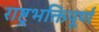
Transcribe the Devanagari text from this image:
राष्ट्रभक्तिपूर्ण